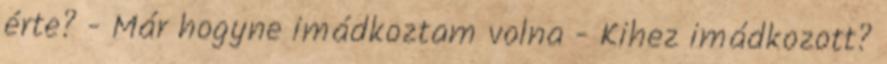
érte? - Már hogyne imádkoztam volna - Kihez imádkozott?